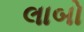
લાબો